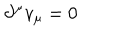
\partial ^ { \mu } v _ { \mu } = 0